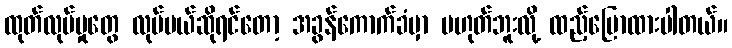
ထုတ်လုပ်မှုတွေ လုပ်မယ်ဆိုရင်တော့ အခွန်ကောက်ခံမှာ မဟုတ်ဘူးလို့ ထည့်ပြောထားပါတယ်။